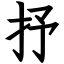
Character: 抒